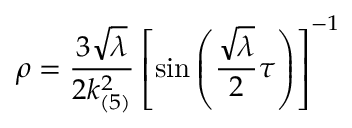
\rho = \frac { 3 \sqrt { \lambda } } { 2 k _ { ( 5 ) } ^ { 2 } } \left[ \sin \left( \frac { \sqrt { \lambda } } { 2 } \tau \right) \right] ^ { - 1 }